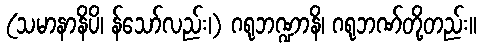
(သမာနာနိပိ၊ န်သော်လည်း၊) ဂရုဘဏ္ဍာနိ၊ ဂရုဘဏ်တို့တည်း။